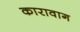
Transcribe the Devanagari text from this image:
कारावाग